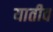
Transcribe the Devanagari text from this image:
यातीव